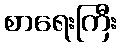
စာရေးကြီး